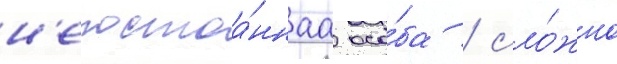
н'епостоа́ннаа осо́ба / сло́жно